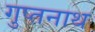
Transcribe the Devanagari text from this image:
गुप्तनाथ